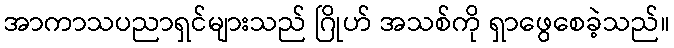
အာကာသပညာရှင်များသည် ဂြိုဟ် အသစ်ကို ရှာဖွေစေခဲ့သည်။